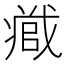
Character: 𭟹